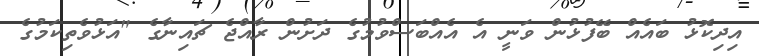
އިދިކޮޅު ބައެއް ބޭފުޅުން ވަނީ އެ އެއްބަސްވުމުގެ ދަށުން ރާއްޖެ ޗައިނާގެ "އަޅުވެތިކަމުގެ